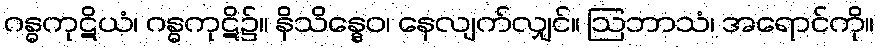
ဂန္ဓကုဋိယံ၊ ဂန္ဓကုဋိ၌။ နိသိန္နေဝ၊ နေလျက်လျှင်။ ဩဘာသံ၊ အရောင်ကို။